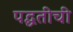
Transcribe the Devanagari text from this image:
पद्घतीची